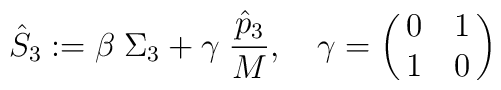
\hat S_3 : =\beta\;\Sigma_3 + \gamma \;{\hat{p}_3\over M}, \quad\gamma = \pmatrix{      0   &  1\cr                        1   &  0 \cr}